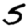
Digit: 5